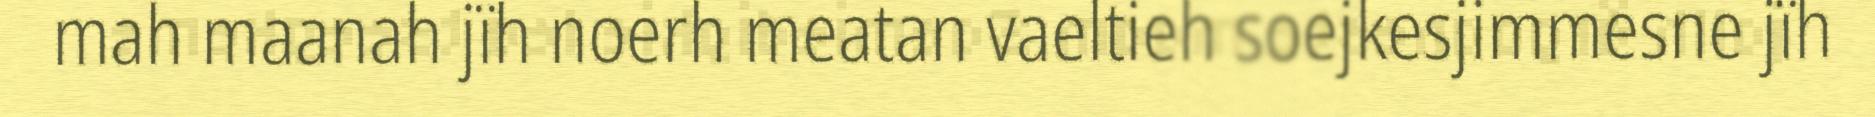
mah maanah jïh noerh meatan vaeltieh soejkesjimmesne jïh